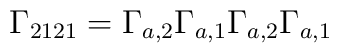
\Gamma_{2121}=\Gamma_{a,2}\Gamma_{a,1}\Gamma_{a,2}\Gamma_{a,1}